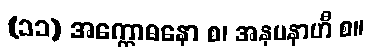
(၁၁) အက္ကောဓနော စ၊ အနုပနာဟီ စ။